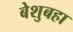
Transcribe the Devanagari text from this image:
बेशुबहा